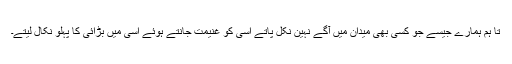
تا ہم ہمارے جیسے جو کسی بھی میدان میں آگے نہین نکل پاتے اسی کو غنیمت جانتے ہوئے اسی میں بڑائی کا پہلو نکال لیتے۔